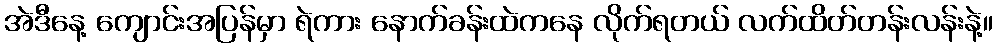
အဲဒီနေ့ ကျောင်းအပြန်မှာ ရဲကား နောက်ခန်းထဲကနေ လိုက်ရတယ် လက်ထိတ်တန်းလန်းနဲ့။